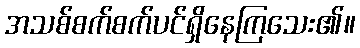
အသစ်စက်စက်ပင်ရှိနေကြသေး၏။